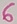
Text: 6